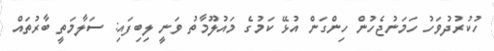
ހުކުރުދުވަހު ހަމަނުޖެހުން ހިންގަން އުޅޭ ކަމުގެ މައުލޫމާތު ވަނީ ލިބިފައި: ސަލާމަތީ ބާރުތައް